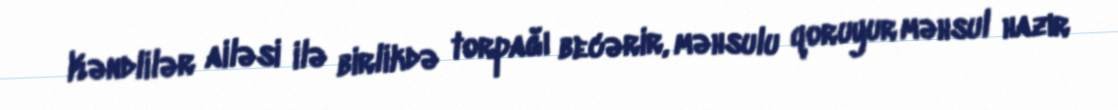
Kəndlilər ailəsi ilə birlikdə torpağı becərir, məhsulu qoruyur məhsul hazır